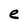
Character: e